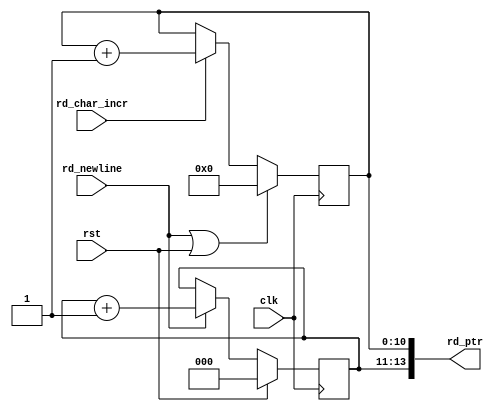
`timescale 1ns / 1ps
//////////////////////////////////////////////////////////////////////////////////
// Company:
// 
// Create Date:
// Design Name: 
// Module Name: read_logic_counters
// Project Name: EtherBlade.net_v1 
// Target Devices: 
// Tool Versions: 
// Description: 
// 
// Dependencies: 
// 
// Version: 0.01
// Additional Comments:
// 
//////////////////////////////////////////////////////////////////////////////////
module read_logic_counters #(parameter CHAR_WIDTH = 11, parameter LINE_WIDTH = 3)
(
  input clk,
  input rst,
  input rd_char_incr, 
  input rd_newline,
  output [(LINE_WIDTH+CHAR_WIDTH-1):0] rd_ptr
  );
  
  reg [CHAR_WIDTH-1:0] rd_char_ptr;
  reg [LINE_WIDTH-1:0] rd_line_ptr;
  wire rd_newline_or_rst;
  
  //RD_LINE_COUNTER
 always @(posedge clk)
 if (rst) begin
 rd_line_ptr <= {LINE_WIDTH{1'b0}};
 end else if (rd_newline) begin
 rd_line_ptr <= rd_line_ptr + 1'b1;
 end
 
 //RD_CHAR_COUNTER
always @(posedge clk)
if (rd_newline_or_rst) begin
 rd_char_ptr <= {CHAR_WIDTH{1'b0}};
 end else if (rd_char_incr) begin
 rd_char_ptr <= rd_char_ptr + 1'b1;
 end
 
 assign rd_newline_or_rst = rd_newline || rst;
 assign rd_ptr = {rd_line_ptr, rd_char_ptr};
 
endmodule